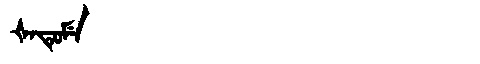
Manchu: ᡧᠠᡨᡠᠮᡝ
Romanization: ŠATUME